Lunatic asylums United Prov. 1922-30 - 1922-1930
Year: 1922
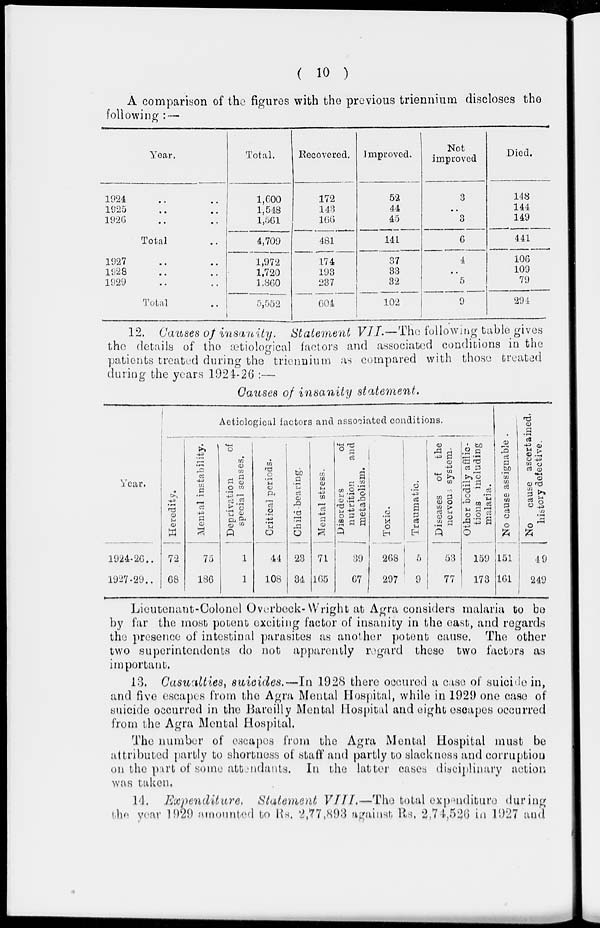
( 10 )
A comparison of the figures with the previous triennium discloses the
following : —
Year.
1924 .. ..
1925 .. ..
1926 .. ..
Total ..
1927 .. ..
1928 .. ..
1929 .. ..
Total ..
Total.
1,600
1,548
1,561
4,709
1,972
1,720
1,860
5,552
Recovered.
172
143
166
481
174
193
237
604
Improved.
52
44
45
141
37
33
32
102
Not
improved
3
..
3
6
4
..
5
9
Died.
148
144
149
441
106
109
79
294
12. Causes of insanity.
Statement VII.—The following table gives
the details of the ætiological factors and associated conditions in the
patients treated during the triennium as compared with those treated
during the years 1924-26 :—
Causes of insanity
statement.
year.
1924-26. ..
1927-29. ..
Aetiological factors and associated conditions.
Heredity.
72
68
Mental instability.
75
186
Deprivation
of
special senses.
1
1
Critical periods.
44
108
Child-bearing.
23
34
Mental stress.
71
165
Disorders
of
nutrition
and
metabolism.
39
67
Toxic.
268
297
Traumatic.
5
9
Diseases of
the
nervous system.
53
77
Other bodily afflic-
tions including
malaria.
159
173
No cause assignable .
151
161
No
cause ascertained,
history defective.
49
249
Lieutenant-Colonel Overbeek-Wright at Agra considers malaria to be
by far the most potent exciting factor of insanity in the cast, and regards
the presence of intestinal parasites as another potent cause. The other
two superintendents do not apparently regard these two factors as
important.
13. Casualties, suicides.—In
1928 there occured a case of suicide in,
and five escapes from the Agra Mental Hospital, while in 1929 one case of
suicide occurred in the Bareilly Mental Hospital and eight escapes occurred
from the Agra Mental Hospital.
The number of escapes from the Agra Mental Hospital must be
attributed partly to shortness of staff and partly to slackness and corruption
on the part of some attendants. In the latter cases disciplinary action
was taken.
14. Expenditure. Statement VIII—The
total expenditure during
the year 1929 amounted to Rs. 2,77,893 against Rs. 2,74,526 in 1927 and